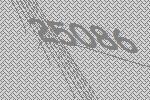
25086